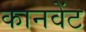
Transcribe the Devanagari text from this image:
कानवेंट